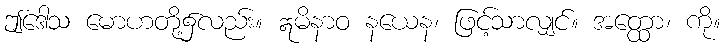
ဤဒေါသ မောဟတို့၌လည်း။ ဣမိနာဝ နယေန၊ ဖြင့်သာလျှင်။ အတ္ထော၊ ကို။